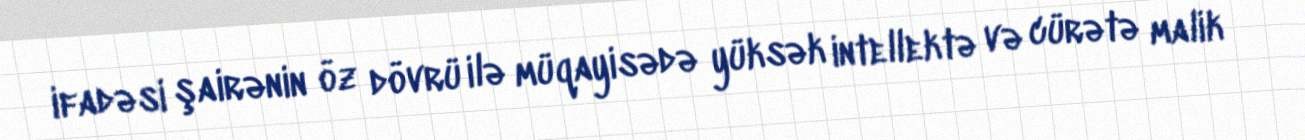
ifadəsi şairənin öz dövrü ilə müqayisədə yüksək intellektə və cürətə malik